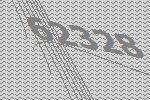
62328